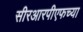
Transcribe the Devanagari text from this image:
सीरआरपीएफच्या